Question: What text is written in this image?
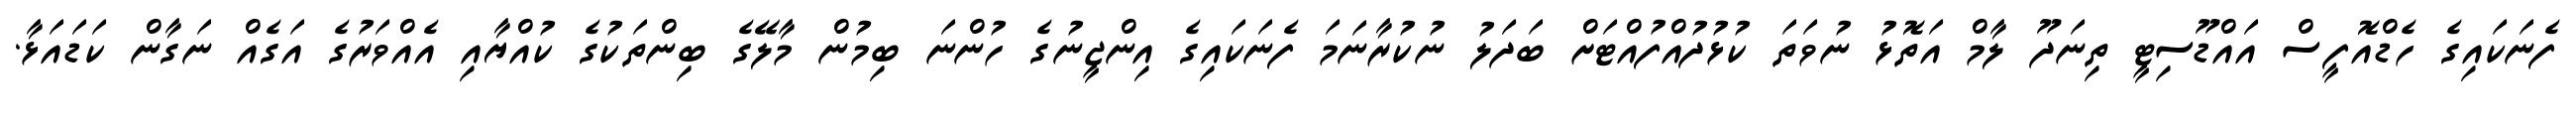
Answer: ފެނަކައިގެ ހެޑްއޮފީސް އައްޑޫސިޓީ ތިނަދޫ ލާމް އަތޮޅު ނުވަތަ ކުޅުދުއްފުއްޓަށް ބަދަލު ނުކުރާނަމަ ފެނަކައިގެ އިންޖީނުގެ ހުންނަ ބިމުން މާލޭގެ ބިންތަކުގެ ކުއްޔާއި އެއްވަރުގެ އަގެއް ނަގާން ކަޑައަޅާ.